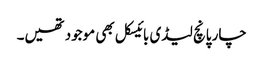
چار پانچ لیڈی بائیسکل بھی موجود تھیں۔